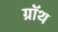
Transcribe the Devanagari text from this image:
ग्रॉथ